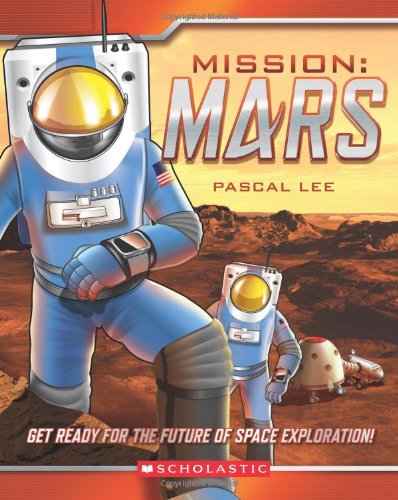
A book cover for Mission: Mars; Pascal Lee; Children's Books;